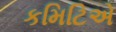
કમિટિએ